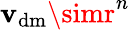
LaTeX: \mathbf{v}_{\mathrm{{dm}}}\simr^{n}